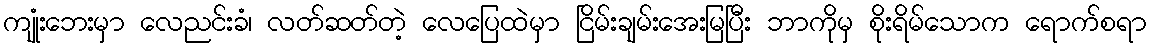
ကျုံးဘေးမှာ လေညင်းခံ၊ လတ်ဆတ်တဲ့ လေပြေထဲမှာ ငြိမ်းချမ်းအေးမြပြီး ဘာကိုမှ စိုးရိမ်သောက ရောက်စရာ